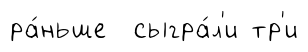
ра́ньше сыгра́л'и тр'и